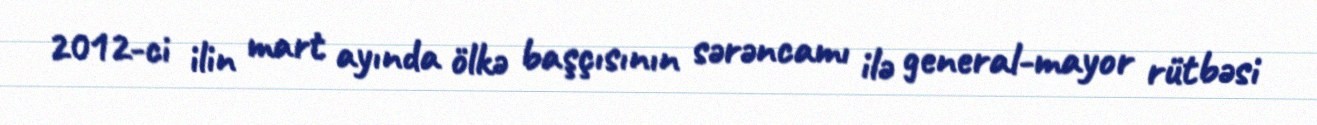
2012-ci ilin mart ayında ölkə başçısının sərəncamı ilə general-mayor rütbəsi